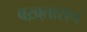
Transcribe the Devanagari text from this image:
बख़्तारान